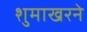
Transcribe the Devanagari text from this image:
शुमाखरने